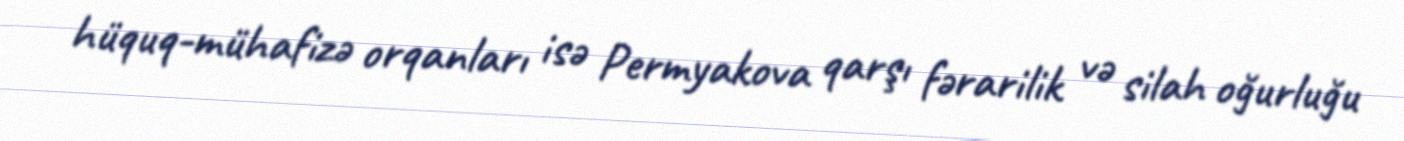
hüquq-mühafizə orqanları isə Permyakova qarşı fərarilik və silah oğurluğu